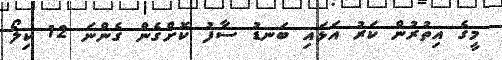
މީގެ އިތުރުން ކަރު އަޅައި ބަނޑު ސާފު ކޮށްގެން ގެންނަ 12 ކިލޯ